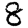
Digit: 8